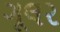
ગૂલર